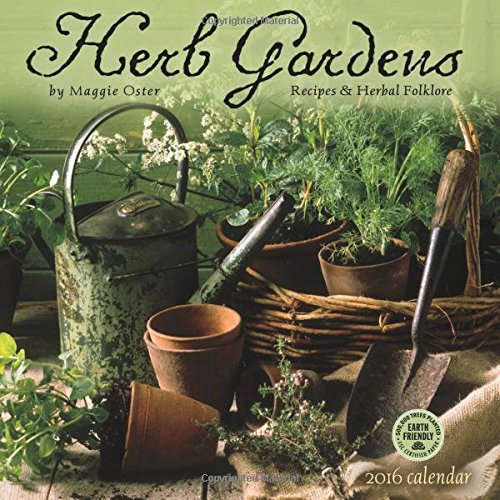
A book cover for Herb Gardens 2016 Wall Calendar: Recipes & Herbal Folklore; Maggie Oster; Calendars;